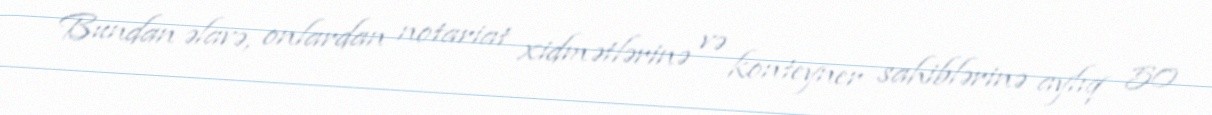
Bundan əlavə, onlardan notariat xidmətlərinə və konteyner sahiblərinə aylıq 50